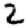
Digit: 2